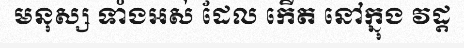
មនុស្ស ទាំងអស់ ដែល កើត នៅក្នុង វដ្ត